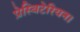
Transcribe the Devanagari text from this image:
प्रेस्बिटेरियन।